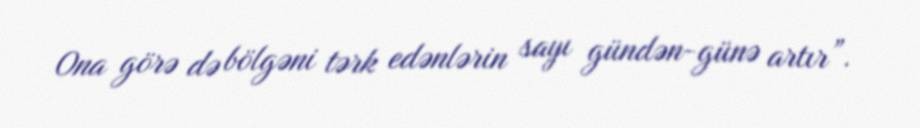
Ona görə də bölgəni tərk edənlərin sayı gündən-günə artır”.